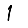
Digit: 1